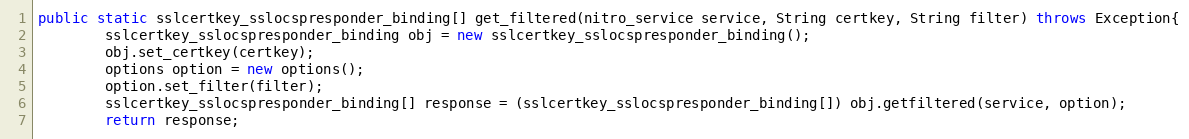
Language: Java
public static sslcertkey_sslocspresponder_binding[] get_filtered(nitro_service service, String certkey, String filter) throws Exception{
		sslcertkey_sslocspresponder_binding obj = new sslcertkey_sslocspresponder_binding();
		obj.set_certkey(certkey);
		options option = new options();
		option.set_filter(filter);
		sslcertkey_sslocspresponder_binding[] response = (sslcertkey_sslocspresponder_binding[]) obj.getfiltered(service, option);
		return response;